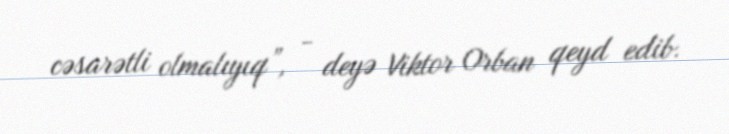
cəsarətli olmalıyıq”, - deyə Viktor Orban qeyd edib.